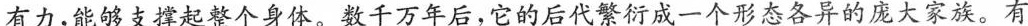
有力，能够支撑起整个身体。数千万年后，它的后代繁衍成一个形态各异的庞大家族。有